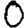
Digit: 0